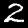
Label: 2